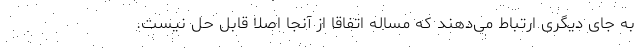
به جای دیگری ارتباط می‌دهند که مساله اتفاقا از آنجا اصلا قابل حل نیست.